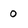
Character: 0